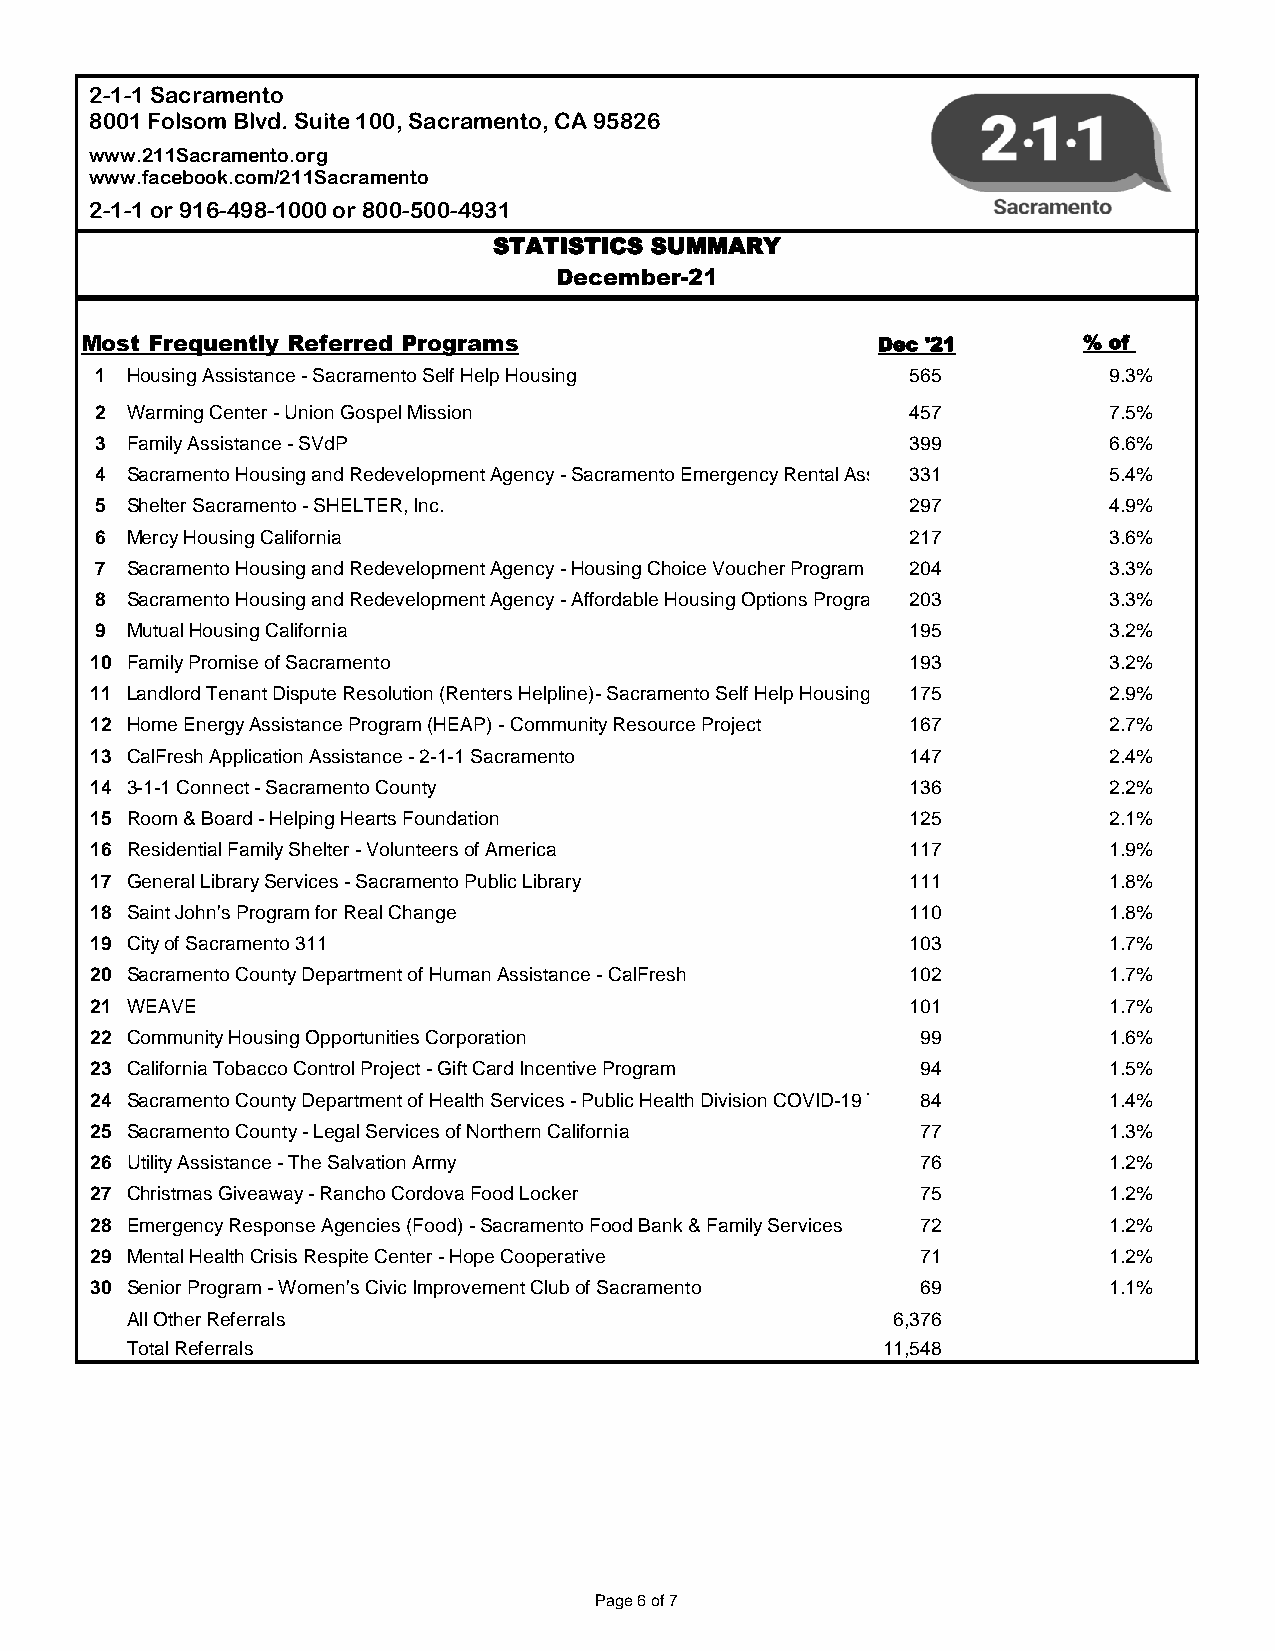
2-1-1 Sacramento
 8001 Folsom Blvd.Suite 100, Sacramento, CA 95826
 www.211Sacramento.org
 www.facebook.com/211Sacramento
 2-1-1or 916-498-1000 or 800-500-4931
 STATISTICS SUMMARY
 December-21
 Most Frequently Referred Programs                    Dec '21       % of
 1 Housing Assistance - Sacramento Self Help Housing   565          9.3%
 2 Warming Center - Union Gospel Mission               457          7.5%
 3 Family Assistance - SVdP                            399          6.6%
 4 Sacramento Housing and Redevelopment Agency - Sacramento Emergency Rental Assistan3c3e1 Program 5.4%
 5 Shelter Sacramento - SHELTER, Inc.                  297          4.9%
 6 Mercy Housing California                            217          3.6%
 7 Sacramento Housing and Redevelopment Agency - Housing Choice Voucher Program 204 3.3%
 8 Sacramento Housing and Redevelopment Agency - Affordable Housing Options Program 203 3.3%
 9 Mutual Housing California                           195          3.2%
 10 Family Promise of Sacramento                       193          3.2%
 11 Landlord Tenant Dispute Resolution (Renters Helpline)- Sacramento Self Help Housing 175 2.9%
 12 Home Energy Assistance Program (HEAP) - Community Resource Project 167 2.7%
 13 CalFresh Application Assistance - 2-1-1 Sacramento 147          2.4%
 14 3-1-1 Connect - Sacramento County                  136          2.2%
 15 Room & Board - Helping Hearts Foundation           125          2.1%
 16 Residential Family Shelter - Volunteers of America 117          1.9%
 17 General Library Services - Sacramento Public Library 111        1.8%
 18 Saint John's Program for Real Change               110          1.8%
 19 City of Sacramento 311                             103          1.7%
 20 Sacramento County Department of Human Assistance - CalFresh 102 1.7%
 21 WEAVE                                              101          1.7%
 22 Community Housing Opportunities Corporation         99          1.6%
 23 California Tobacco Control Project - Gift Card Incentive Program 94 1.5%
 24 Sacramento County Department of Health Services - Public Health Division COVID-19 Testin8g4 Sites 1.4%
 25 Sacramento County - Legal Services of Northern California 77    1.3%
 26 Utility Assistance - The Salvation Army             76          1.2%
 27 Christmas Giveaway - Rancho Cordova Food Locker     75          1.2%
 28 Emergency Response Agencies (Food) - Sacramento Food Bank & Family Services 72 1.2%
 29 Mental Health Crisis Respite Center - Hope Cooperative 71       1.2%
 30 Senior Program - Women's Civic Improvement Club of Sacramento 69 1.1%
 All Other Referrals                                6,376
 Total Referrals                                   11,548
 Page 6 of 7